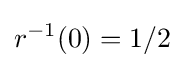
r^{-1}(0)=1/2